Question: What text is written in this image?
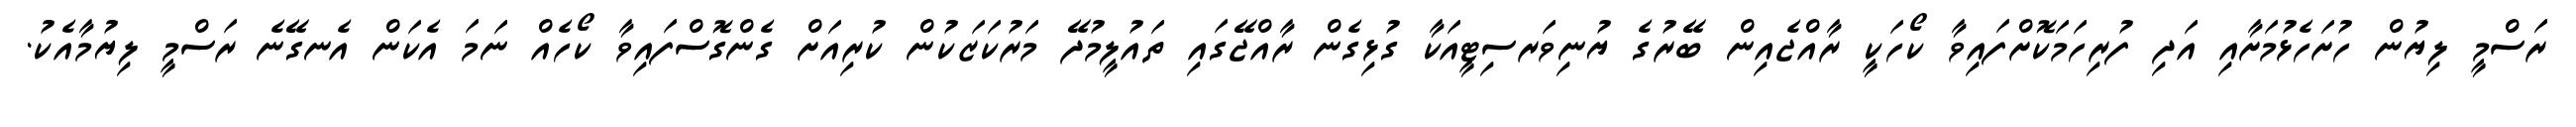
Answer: ރަސްމީ ލިޔުން ހުށަހެޅުމަށާއި އަދި ފުރިހަމަކޮށްފައިވާ ކޯހަކީ ރާއްޖެއިން ބޭރުގެ ޔުނިވަރސިޓީއަކާ ގުޅިގެން ރާއްޖޭގައި ތައުލީމުދޭ މަރުކަޒަކުން ކުރިއަށް ގެންގޮސްފައިވާ ކޯހެއް ނަމަ އެކަން އެނގޭނެ ރަސްމީ ލިޔުމާއެކު.